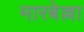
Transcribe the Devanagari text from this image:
मारबेल्ला